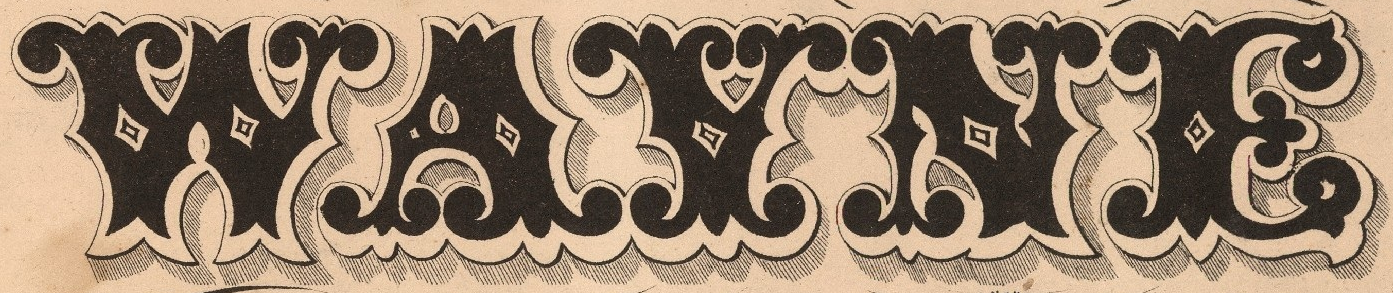
WAYNE